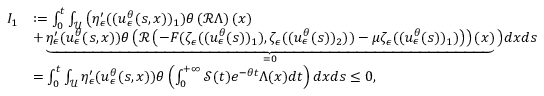
\begin{array} { r l } { I _ { 1 } } & { : = \int _ { 0 } ^ { t } \int _ { \mathcal { U } } \big ( \eta _ { \epsilon } ^ { \prime } ( ( u _ { \epsilon } ^ { \theta } ( s , x ) ) _ { 1 } ) \theta \left( \mathcal { R } \Lambda \right) ( x ) } \\ & { + \underbrace { \eta _ { \epsilon } ^ { \prime } ( u _ { \epsilon } ^ { \theta } ( s , x ) ) \theta \left( \mathcal { R } \left( - F ( \zeta _ { \epsilon } ( ( u _ { \epsilon } ^ { \theta } ( s ) ) _ { 1 } ) , \zeta _ { \epsilon } ( ( u _ { \epsilon } ^ { \theta } ( s ) ) _ { 2 } ) ) - \mu \zeta _ { \epsilon } ( ( u _ { \epsilon } ^ { \theta } ( s ) ) _ { 1 } ) \right) \right) ( x ) } _ { = 0 } \big ) d x d s } \\ & { = \int _ { 0 } ^ { t } \int _ { \mathcal { U } } \eta _ { \epsilon } ^ { \prime } ( u _ { \epsilon } ^ { \theta } ( s , x ) ) \theta \left( \int _ { 0 } ^ { + \infty } \mathcal { S } ( t ) e ^ { - \theta t } \Lambda ( x ) d t \right) d x d s \leq 0 , } \end{array}